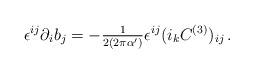
LaTeX: \begin{align*}\epsilon^{ij}\partial_i b_j=-{\textstyle\frac{1}{2(2\pi\alpha^\prime)}}\epsilon^{ij}(i_k C^{(3)})_{ij}\, .\end{align*}